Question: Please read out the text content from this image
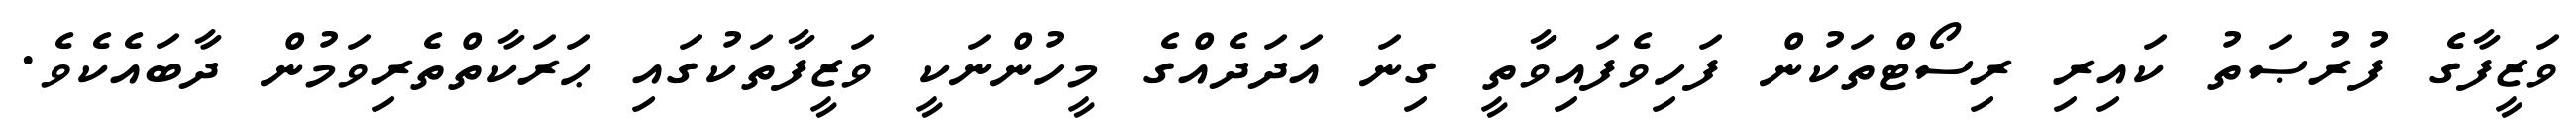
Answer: ވަޒީފާގެ ފުރުޞަތު ކައިރި ރިސޯޓްތަކުން ފަހިވެފައިވާތީ ގިނަ އަދަދެއްގެ މީހުންނަކީ ވަޒީފާތަކުގައި ޙަރަކާތްތެރިވަމުން ދާބައެކެވެ.